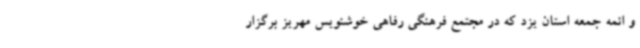
و ائمه جمعه استان یزد که در مجتمع فرهنگی رفاهی خوشنویس مهریز برگزار